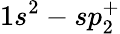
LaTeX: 1s^{2}-sp_{2}^{+}